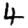
Digit: 4